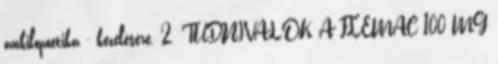
ankilopoetika - kezelésére. 2. TUDNIVALÓK A FLEMAC 100 MG